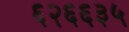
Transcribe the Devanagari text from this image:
६२६६३५